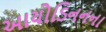
આયોડિનનના